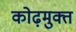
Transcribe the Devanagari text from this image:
कोढ़मुक्त